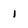
Character: 1